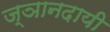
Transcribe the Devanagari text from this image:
ज्ञानदायी